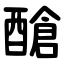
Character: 䤌